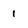
Character: 1